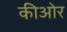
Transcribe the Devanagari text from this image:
कीओर